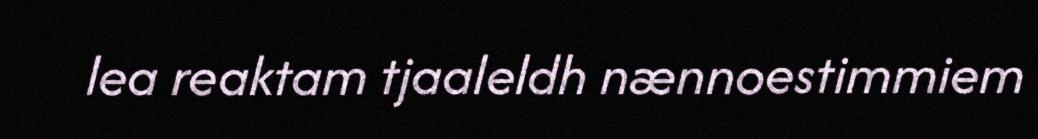
lea reaktam tjaaleldh nænnoestimmiem